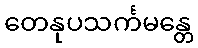
တေနုပသင်္ကမန္တေ